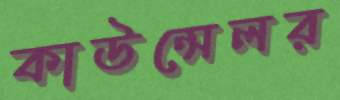
কাউন্সেলর